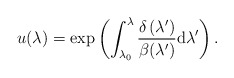
\begin{align*}u(\lambda )=\exp \left( \int_{\lambda _{0}}^{\lambda }\frac{\delta \left(\lambda ^{\prime }\right) }{\beta (\lambda ^{\prime })}{\rm d}\lambda^{\prime }\right) .\end{align*}